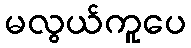
မလွယ်ကူပေ